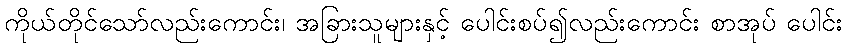
ကိုယ်တိုင်သော်လည်းကောင်း၊ အခြားသူများနှင့် ပေါင်းစပ်၍လည်းကောင်း စာအုပ် ပေါင်း